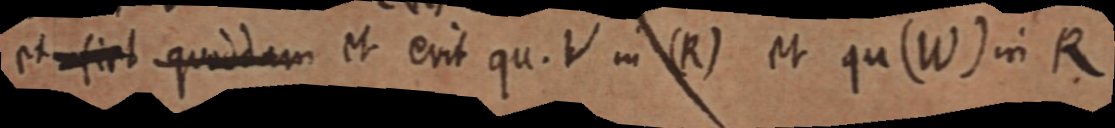
et fiet quoddam et erit qu. V in (R) et qu (W) in R